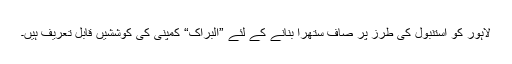
لاہور کو استنبول کی طرز پر صاف ستھرا بنانے کے لئے ”البراک“ کمپنی کی کوششیں قابل تعریف ہیں۔